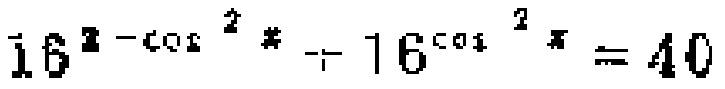
$16^{1 - \cos^{2}x}+16^{\cos^{2}x}=40$